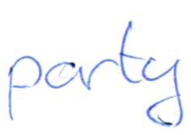
Text: party
Cross-out: clean
Writing tool: ballpoint